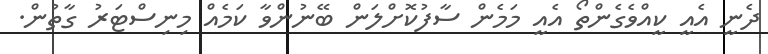
ދެނީ އެއީ ކީއްވެގެންތޯ އެއީ މަމެން ސާފުކޮށްލަން ބޭނުންވާ ކަމެއް މިނިސްޓަރު ގާތުން.